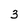
Character: 3